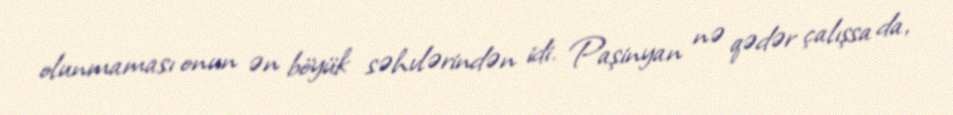
olunmaması onun ən böyük səhvlərindən idi. Paşinyan nə qədər çalışsa da,